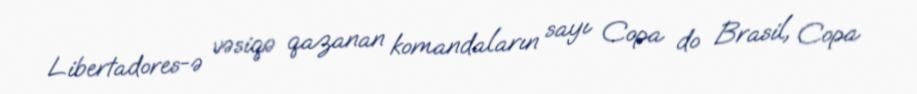
Libertadores-ə vəsiqə qazanan komandaların sayı Copa do Brasil, Copa